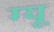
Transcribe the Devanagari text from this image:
ग्यू